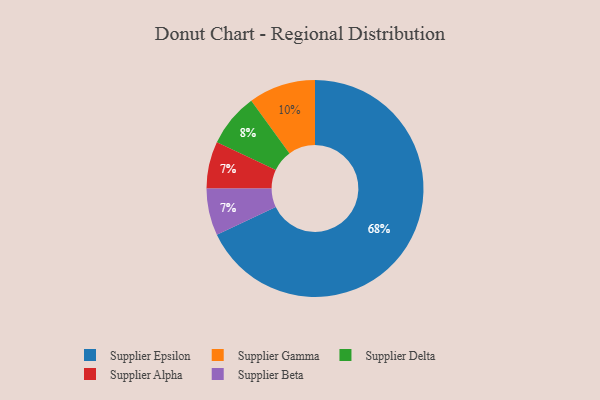
{"axis": {"x": "Category", "y": "Percentage"}, "legend": ["Supplier Alpha", "Supplier Beta", "Supplier Delta", "Supplier Epsilon", "Supplier Gamma"], "data": [{"x": "Supplier Delta", "y": 8, "type": "Supplier Delta"}, {"x": "Supplier Epsilon", "y": 68, "type": "Supplier Epsilon"}, {"x": "Supplier Gamma", "y": 10, "type": "Supplier Gamma"}, {"x": "Supplier Alpha", "y": 7, "type": "Supplier Alpha"}, {"x": "Supplier Beta", "y": 7, "type": "Supplier Beta"}]}